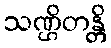
သဏ္ဌိတန္တိ